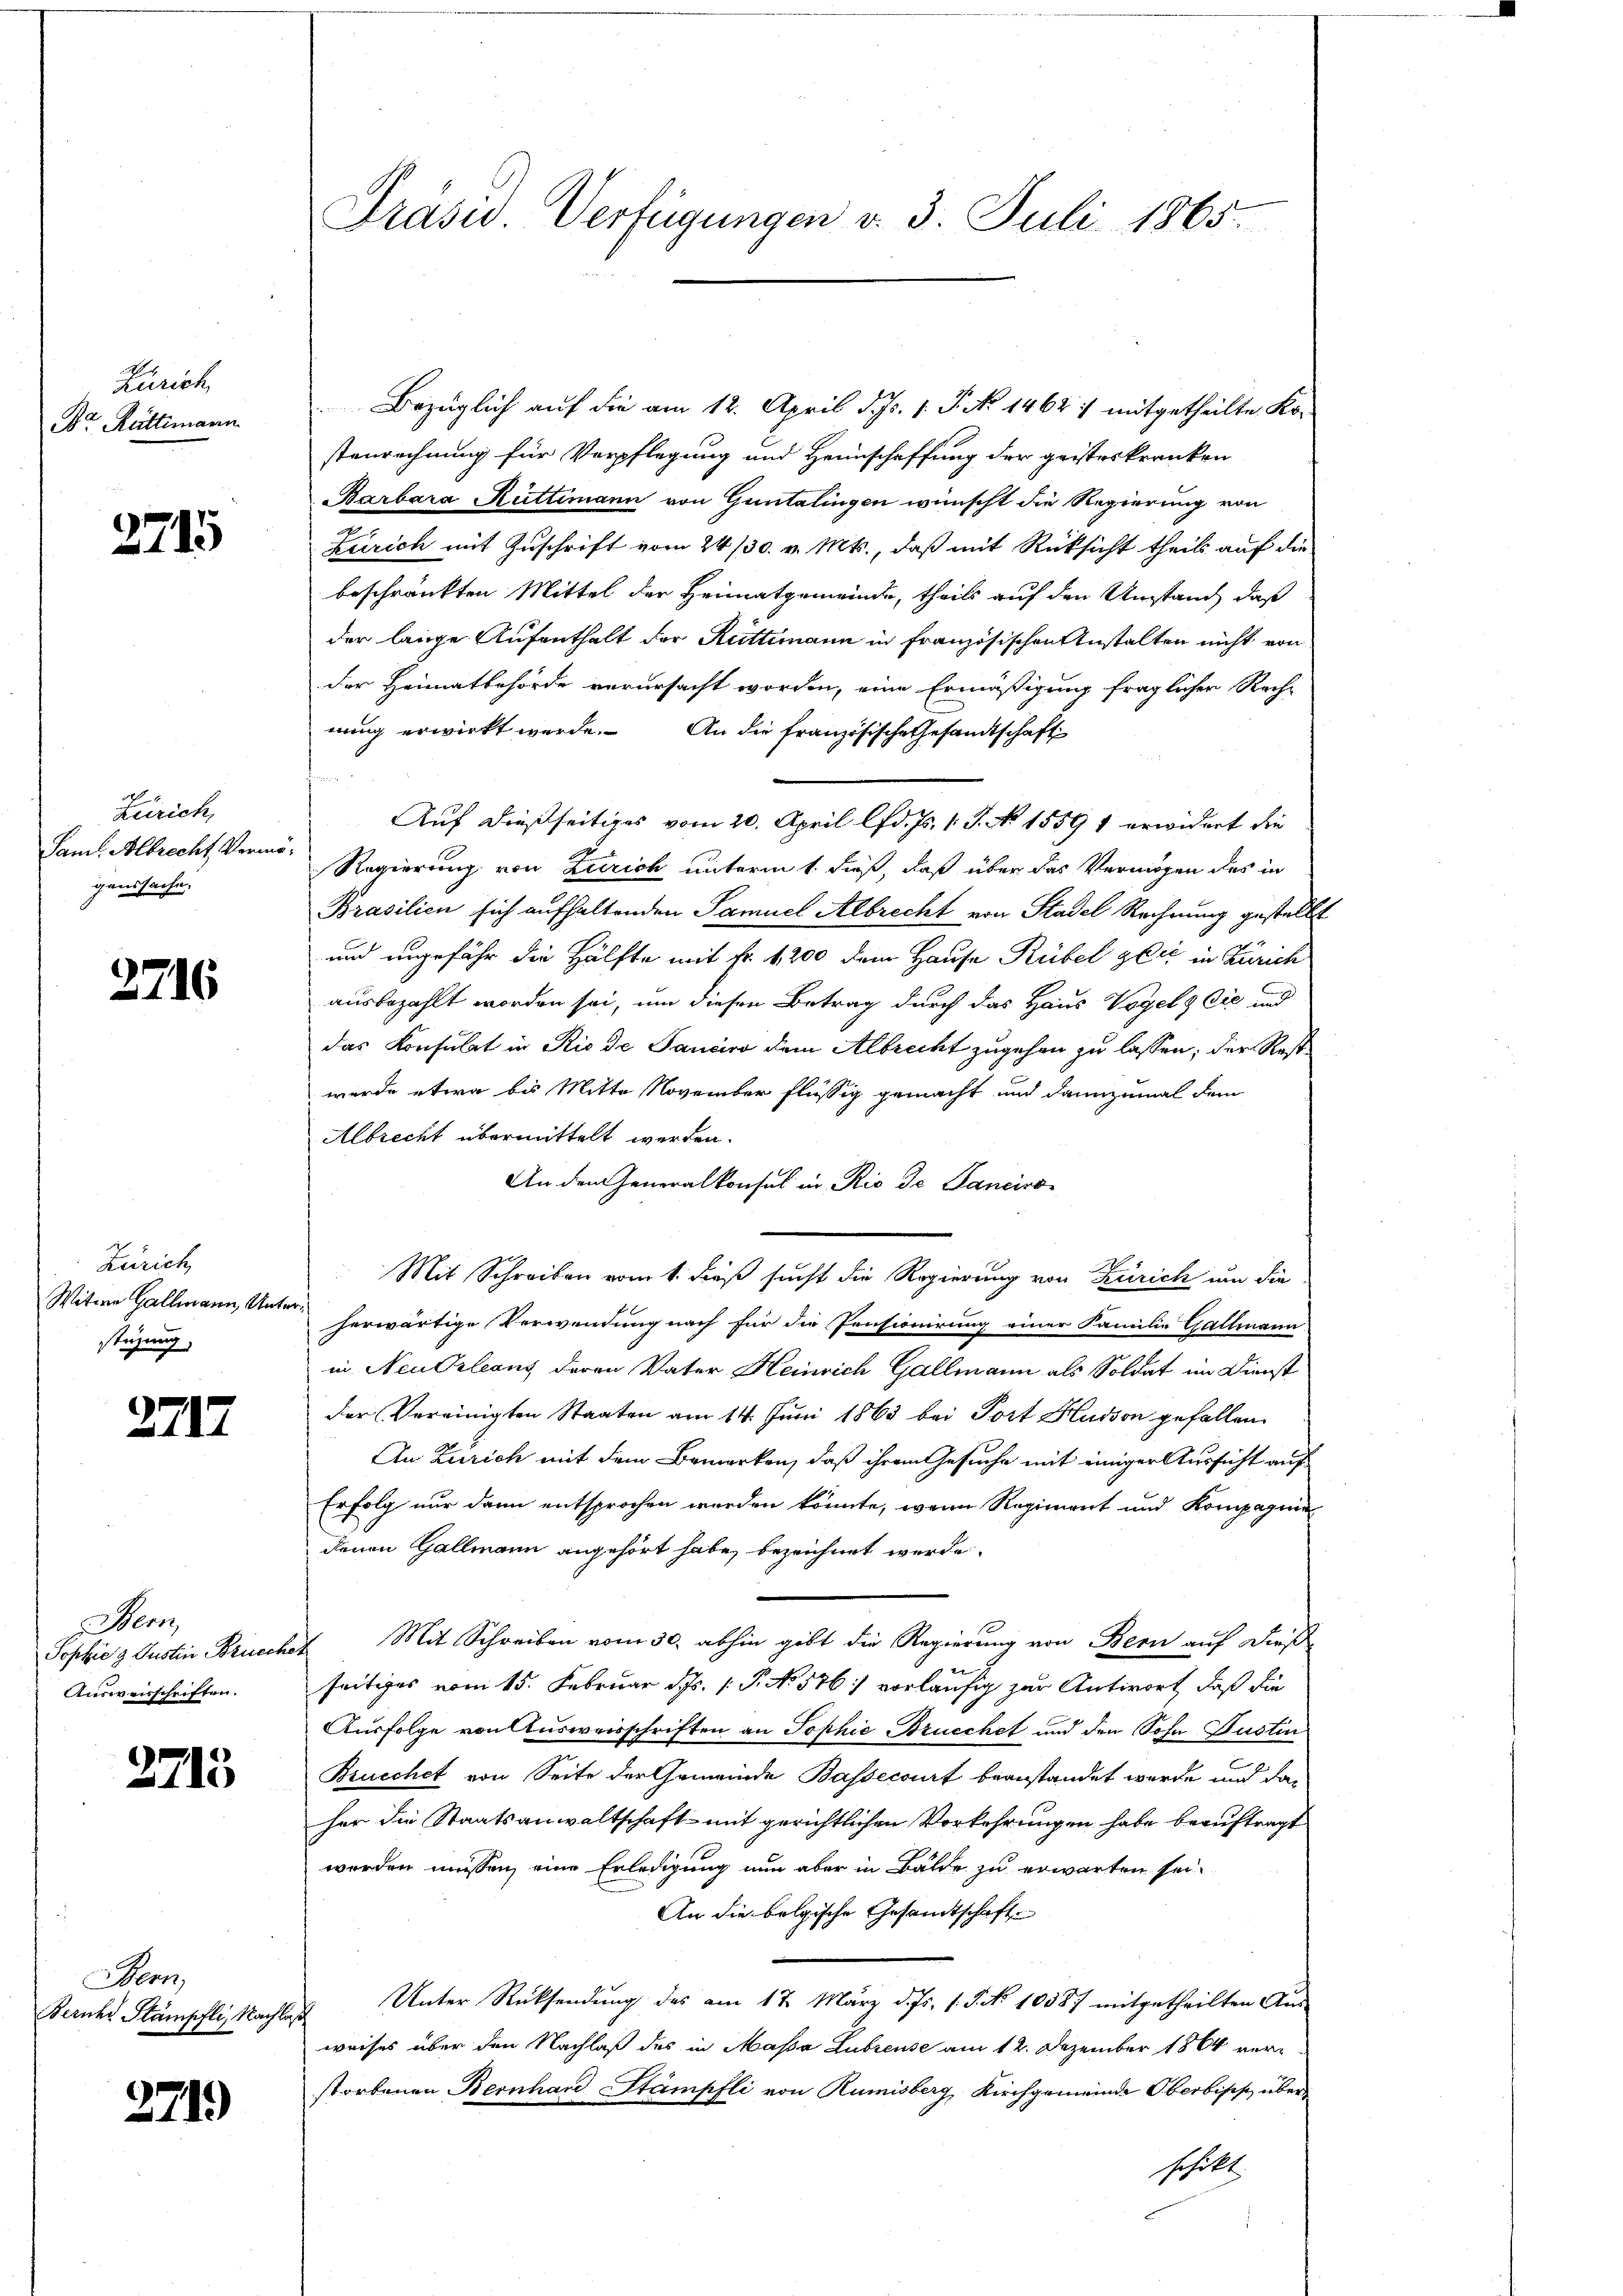
Zürich
Dr. Rüttimann

2715

Zürich,
Samt. Albrecht Vermögenssache,

2716

Zürich
Witwe Gallmann, Unterstüzung

2717.

Benz
Sophie 3 Justin Bruech
Ausweisschriften.

2715

Bern,
Berichs Stämpfli, Nachlaß

271)

Präsid. Verfügungen v. 3. Juli 1865.

Bezüglich auf die am 12. April d. Js. 1. J. No 1462 :/ mitgetheilte Kostenrechnung für Verpflegung und Heimschaffung der geisteskranken
Barbara Rüttimann von Guntalingen wünscht die Regierung von
Zürich mit Zuschrift vom 24/30. v. Mts., daß mit Rücksicht theil auf die
beschränkten Mittel der Heimatgemeinde, theils auf den Umstand, daß
der lange Aufenthalt der Rüttimann in französischen Anstalten nicht von
der Heimatbehörde verursacht worden, eine Ermäßigung fraglichen Rech-
nung erwirkt werde. An die französische Gesandtschaft
Auf dießseitiges vom 20. April lfd. Js. 1 S. No 1559 1 erwidert die
Regierung von Zürich unterm 1. dieß, daß über das Vermögen des in
Prasilien sich aufhaltenden Samuel Albrecht von Stadel Rechnung gestellt
und ungefähr die Hälfte mit Fr. 1200 dem Hause Rübel gli in Zürich
ausbezahlt worden sei, um diesen Betrag durch das Haus Vogels Cie und
das Konsulat in Rio de Janeiro dem Albrecht zugehen zu lassen; der Restwurde etwa bis Mitte November flüssig gemacht und dannzumal dem
Albrecht übermittelt werden.
An den Generalkonsul in Rio de Sanciro
Mit Schreiben vom 1. dieß sucht die Regierung von Zürich um die
herwärtige Verwendung nach für die Pensionirung einer Familie Gallmann
in Neu Orleans deren Vater Heinrich Gallmann als Soldat im Dienst
der Vereinigten Staaten am 14. Juni 1863 bei Port Hudson gefallen.
An Zürich mit dem Bemerken, daß ihrem Gesuche mit einiger Aussicht auf
Erfolg nur dann entsprochen werden könnte, wenn Regiment und Kompagnie
denen Gallmann angehört habe, bezeichnet werde.
Mit Schreiben vom 30. abhin gibt die Regierung von Bern auf dieß
seitiges vom 15. Februar d. 1. P. No. 576 vorläufig zur Antwort, daß die
Ausfolge von Ausweisschriften an Sophie Brucchet und den Sohn Pustin
Brucchet von Seite der Gemeinde Bassecourt beanstandet werde und daher die Staatsanwaltschaft mit gerichtlichen Vorkehrungen habe beauftragt
werden müssen, eine Erledigung nun aber in Bälde zu erwarten sei.
An die belgische Gesandtschaft
Unter Rücksendung des am 17. März d. Js. v. J. No 10387 mitgetheilten Aus-
weises über den Nachlaß des in Massa Lubreuse am 12. Dezember 1864 verstorbenen Bernhard Stämpfli von Rumisberg, Kirchgemeinde Oberbiss überschikt.